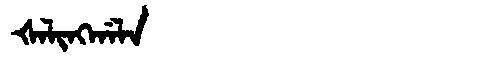
Manchu: ᡧᠠᠯᡳᠩᡤᠠᠯᠠ
Romanization: ŠALINGGALA